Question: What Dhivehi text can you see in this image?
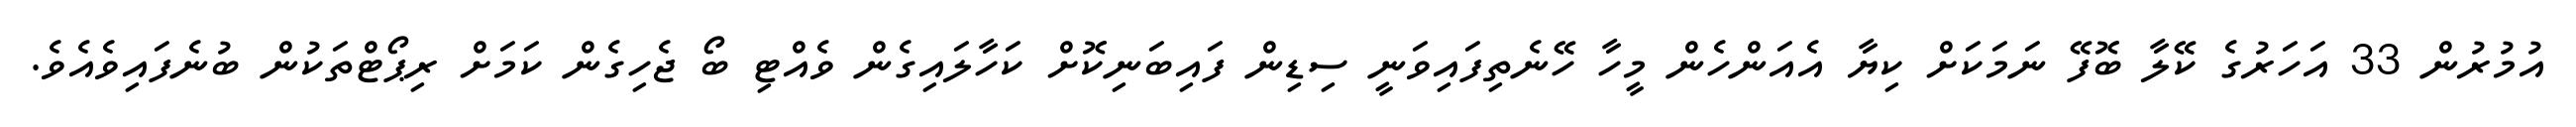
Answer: އުމުރުން 33 އަހަރުގެ ކޭލާ ބޮފޭ ނަމަކަށް ކިޔާ އެއަންހެން މީހާ ހޭނެތިފައިވަނީ ސިޑިން ފައިބަނިކޮށް ކަހާލައިގެން ވެއްޓި ބޯ ޖެހިގެން ކަމަށް ރިޕޯޓްތަކުން ބުނެފައިވެއެވެ.